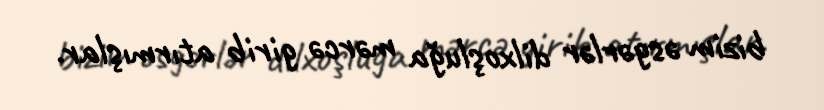
bizim əsgərlər dilxoşluğa mərcə girib atırmışlar.